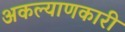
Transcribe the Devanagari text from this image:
अकल्याणकारी